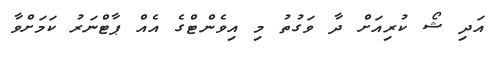
އަދި ޝޯ ކުރިއަށް ދާ ވަގުތު މި އިވެންޓްގެ އެއް ޕާޓްނަރު ކަމަށްވާ